Triennial report on the lunatic asylums in the province of Eastern Bengal and Assam - 1903-1911
Year: 1903
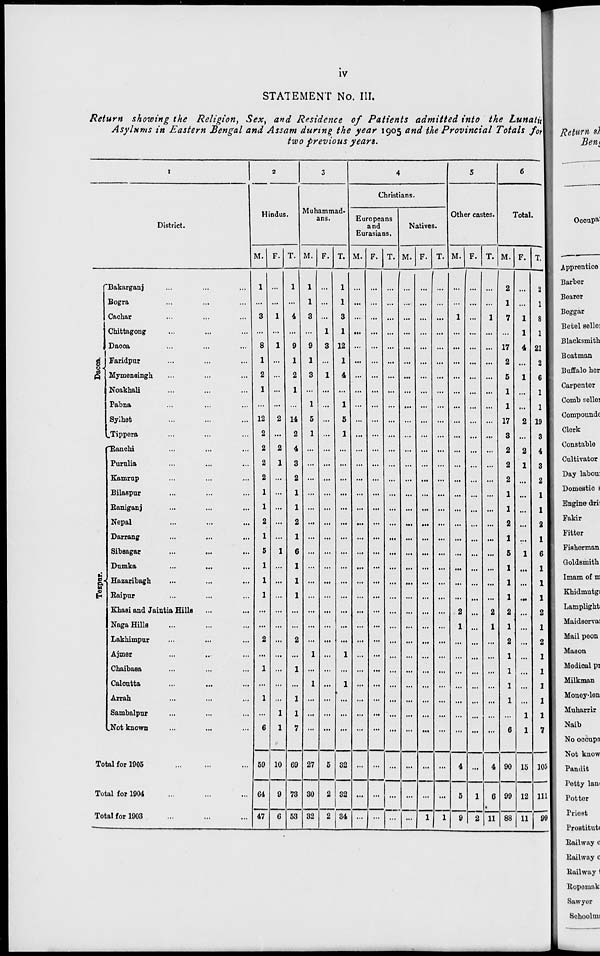
iv
STATEMENT No. III.
Return showing the Religion, Sex, and Residence of Patients admitted into the Lunatic
Asylums in Eastern Bengal and Assam during the year 1905 and the Provincial Totals for
two previous years.
1
District.
Dacca.
Tezpur.
Bakarganj ... ... ...
Bogra ... ... ...
Cachar ... ... ...
Chittagong ... ... ...
Dacca ... ... ...
Faridpur ... ... ...
Mymensingh ... ... ...
Noakhali ... ... ...
Pabna ... ... ...
Sylhet ... ... ...
Tippera ... ... ...
Ranchi ... ... ...
Purulia ... ... ...
Kamrup ... ... ...
Bilaspur ... ... ...
Raniganj ... ... ...
Nepal ... ... ...
Darrang ... ... ...
Sibsagar ... ... ...
Dumka ... ... ...
Hazaribagh ... ... ...
Raipur ... ... ...
Khasi and Jaintia Hills ... ...
Naga Hills ... ... ...
Lakhimpur ... ... ...
Ajmer ... ... ...
Chaibasa ... ... ...
Calcutta ... ... ...
Arrah ... ... ...
Sambalpur ... ... ...
Not known ... ... ...
Total for 1905
...
...
...
Total for 1904 ... ... ...
Total for 1903 ... ... ...
2
Hindus.
M.
1
...
3
...
8
1
2
1
...
12
2
2
2
2
1
1
2
1
5
1
1
1
...
...
2
...
1
...
1
...
6
59
64
47
F.
...
...
1
...
1
...
...
...
...
2
...
2
1
...
...
...
...
...
1
...
...
...
...
...
...
...
...
...
...
1
1
10
9
6
T.
1
...
4
...
9
1
2
1
...
14
2
4
3
2
1
1
2
1
6
1
1
1
...
...
2
...
1
...
1
1
7
69
73
53
3
Muhammad¬
ans.
M.
1
1
3
...
9
1
3
...
1
5
1
...
...
...
...
...
...
...
...
...
...
...
...
...
...
1
...
1
...
...
...
27
30
32
F.
...
...
...
1
3
...
1
...
...
...
...
...
...
...
...
...
...
...
...
...
...
...
...
...
...
...
...
...
...
...
...
5
2
2
T.
1
1
3
1
12
1
4
...
1
5
1
...
...
...
...
...
...
...
...
...
...
...
...
...
...
1
...
1
...
...
...
32
32
34
4
Christians.
Europeans
and
Eurasians.
M.
...
...
...
...
...
...
...
...
...
...
...
...
...
...
...
...
...
...
...
...
...
...
...
...
...
...
...
...
...
...
...
...
...
...
F.
...
...
...
...
...
...
...
...
...
...
...
...
...
...
...
...
...
...
...
...
...
...
...
...
...
...
...
...
...
...
...
...
...
...
T.
...
...
...
...
...
...
...
...
...
...
...
...
...
...
...
...
...
...
...
...
...
...
...
...
...
...
...
...
...
...
...
...
...
...
Natives.
M.
...
...
...
...
...
...
...
...
...
...
...
...
...
...
...
...
...
...
...
...
...
...
...
...
...
...
...
...
...
...
...
...
...
...
F.
...
...
...
...
...
...
...
...
...
...
...
...
...
...
...
...
...
...
...
...
...
...
...
...
...
...
...
...
...
...
...
...
...
1
T.
...
...
...
...
...
...
...
...
...
...
...
...
...
...
...
...
...
...
...
...
...
...
...
...
...
...
...
...
...
...
...
...
...
1
5
Other castes.
M.
...
...
1
...
...
...
...
...
...
...
...
...
...
...
...
...
...
...
...
...
...
...
2
1
...
...
...
...
...
...
...
4
5
9
F.
...
...
...
...
...
...
...
...
...
...
...
...
...
...
...
...
...
...
...
...
...
...
...
...
...
...
...
...
...
...
...
...
1
2
T.
...
...
1
...
...
...
...
...
...
...
...
...
...
...
...
...
...
...
...
...
...
...
2
1
...
...
...
...
...
...
...
4
6
11
6
Total.
M.
2
1
7
...
17
2
5
1
1
17
3
2
2
2
1
1
2
1
5
1
1
1
2
1
2
1
1
1
1
...
6
90
99
88
F.
...
...
1
1
4
...
1
...
...
2
...
2
1
...
...
...
...
...
1
...
...
...
...
...
...
...
...
...
...
1
1
15
12
11
T.
2
1
8
1
21
2
6
1
1
19
3
4
3
2
1
1
2
1
6
1
1
1
2
1
2
1
1
1
1
1
7
105
111
99